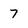
Character: 7